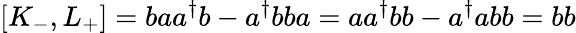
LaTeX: [K_{-},L_{+}]=baa^{\dagger}b-a^{\dagger}bba=aa^{\dagger}bb-a^{\dagger}abb=bb